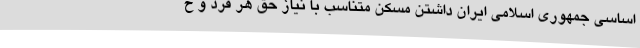
اساسی جمهوری اسلامی ایران داشتن مسکن متناسب با نیاز حق هر فرد و خ